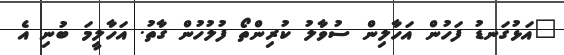
"އަޅުގަނޑު ފަހުން އަހާލިން ސުވާލު ކުރިންތޯ ފުލުހުން ގާތު. އަހާލީމަ ބުނި އެ